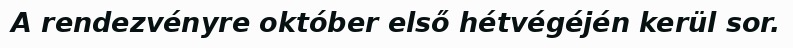
A rendezvényre október első hétvégéjén kerül sor.